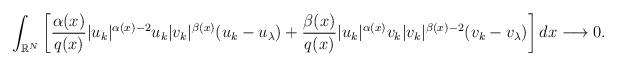
LaTeX: \begin{align*} \int_{\mathbb{R}^{N}}\bigg[\frac{\alpha(x)}{q(x)}|u_k|^{\alpha(x)-2}u_k|v_k|^{\beta(x)}(u_k-u_{\lambda}) +\frac{\beta(x)}{q(x)}|u_k|^{\alpha(x)}v_k|v_k|^{\beta(x)-2}(v_k-v_{\lambda})\bigg]\,dx \longrightarrow 0. \end{align*}